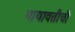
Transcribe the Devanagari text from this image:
मायावतीची